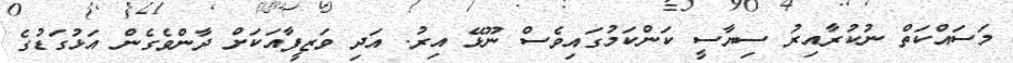
މަސައްކަތް ނުކުރާއިރު ސިޔާސީ ކަންކަމުގައިވެސް ނޫޅޭ އިރު. އަދި ވަޒީފާއަކަށް ދާންވެގެން އަޅުގަޑުގެ